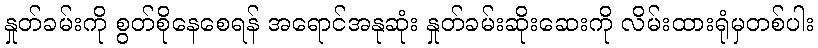
နှုတ်ခမ်းကို စွတ်စိုနေစေရန် အရောင်အနုဆုံး နှုတ်ခမ်းဆိုးဆေးကို လိမ်းထားရုံမှတစ်ပါး